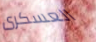
العسكرى